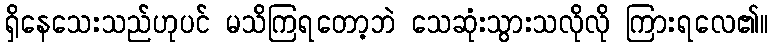
ရှိနေသေးသည်ဟုပင် မသိကြရတော့ဘဲ သေဆုံးသွားသလိုလို ကြားရလေ၏။